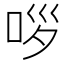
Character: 𱒤